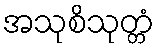
အသုစိသုတ္တံ